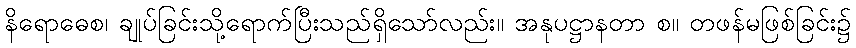
နိရောဓေစ၊ ချုပ်ခြင်းသို့ရောက်ပြီးသည်ရှိသော်လည်း။ အနုပဋ္ဌာနတာ စ။ တဖန်မဖြစ်ခြင်း၌